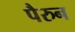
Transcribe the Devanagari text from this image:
पैरुन